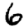
Digit: 6